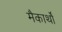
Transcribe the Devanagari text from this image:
मैकार्थों